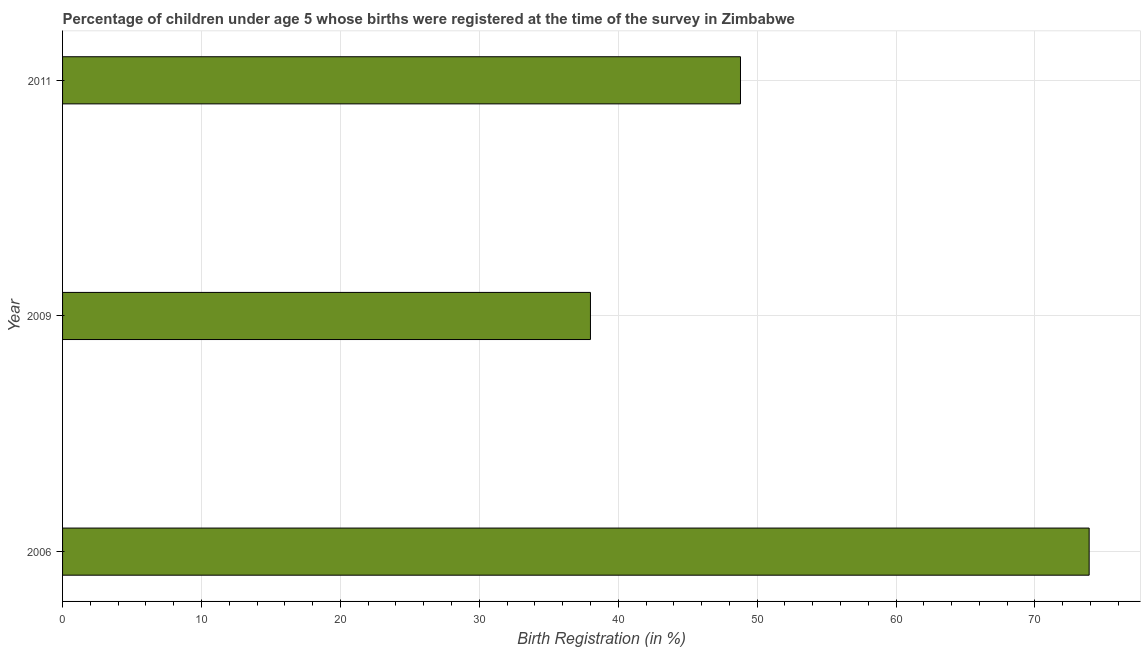
| Year | Birth registration |
 | --- | --- |
 | 2006 | 73.9 |
 | 2009 | 38 |
 | 2011 | 48.8 |